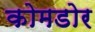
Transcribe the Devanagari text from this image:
कोमडोर